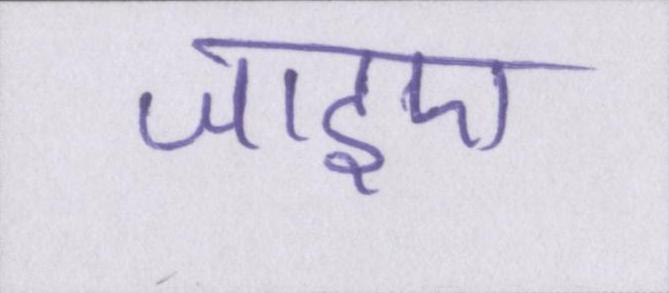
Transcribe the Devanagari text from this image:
जाइए